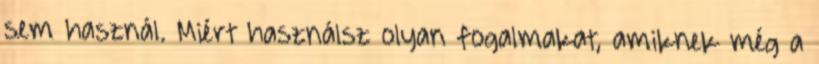
sem használ. Miért használsz olyan fogalmakat, amiknek még a